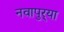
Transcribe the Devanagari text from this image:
नवापुर्‍या